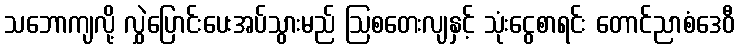
သဘောကျလို့ လွှဲပြောင်းပေးအပ်သွားမည် ဩစတေးလျနှင့် သုံးငွေစာရင်း တောင်ညာစံဒေဝီ